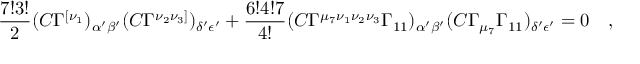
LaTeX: \frac { 7 ! 3 ! } { 2 } ( C \Gamma ^ { [ \nu _ { 1 } } ) _ { \alpha { ' } \beta { ' } } ( C \Gamma ^ { \nu _ { 2 } \nu _ { 3 } ] } ) _ { \delta { ' } \epsilon { ' } } + \frac { 6 ! 4 ! 7 } { 4 ! } ( C \Gamma ^ { \mu _ { 7 } \nu _ { 1 } \nu _ { 2 } \nu _ { 3 } } \Gamma _ { 1 1 } ) _ { \alpha { ' } \beta { ' } } ( C \Gamma _ { \mu _ { 7 } } \Gamma _ { 1 1 } ) _ { \delta { ' } \epsilon { ' } } = 0 \quad ,